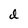
Character: d